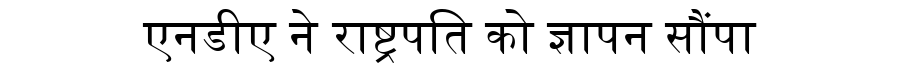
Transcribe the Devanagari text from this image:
एनडीए ने राष्ट्रपति को ज्ञापन सौंपा